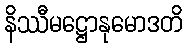
နိဿီမဋ္ဌောနုမောဒတိ